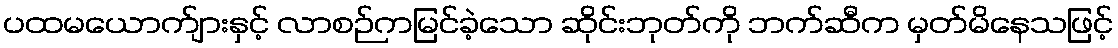
ပထမယောက်ျားနှင့် လာစဉ်ကမြင်ခဲ့သော ဆိုင်းဘုတ်ကို ဘက်ဆီက မှတ်မိနေသဖြင့်